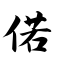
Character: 偌